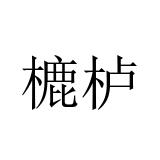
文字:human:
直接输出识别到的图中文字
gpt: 樚栌